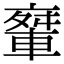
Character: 𨌤